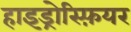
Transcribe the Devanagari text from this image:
हाइड्रोस्फ़ियर